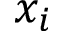
x _ { i }